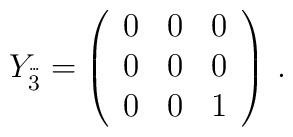
Y_{\stackrel{.\!.\!.}{3}}=\left(\begin{array}{ccc}0&0&0\\0&0&0\\0&0&1\end{array}\right)\,.